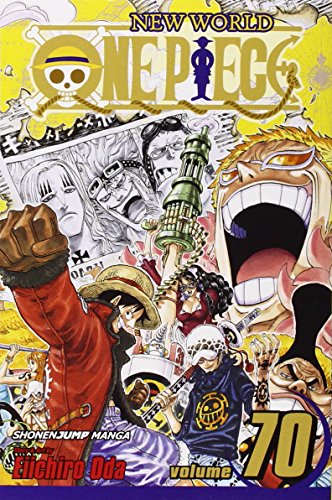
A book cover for One Piece, Vol. 70; Eiichiro Oda; Teen & Young Adult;